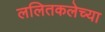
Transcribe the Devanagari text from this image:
ललितकलेच्या